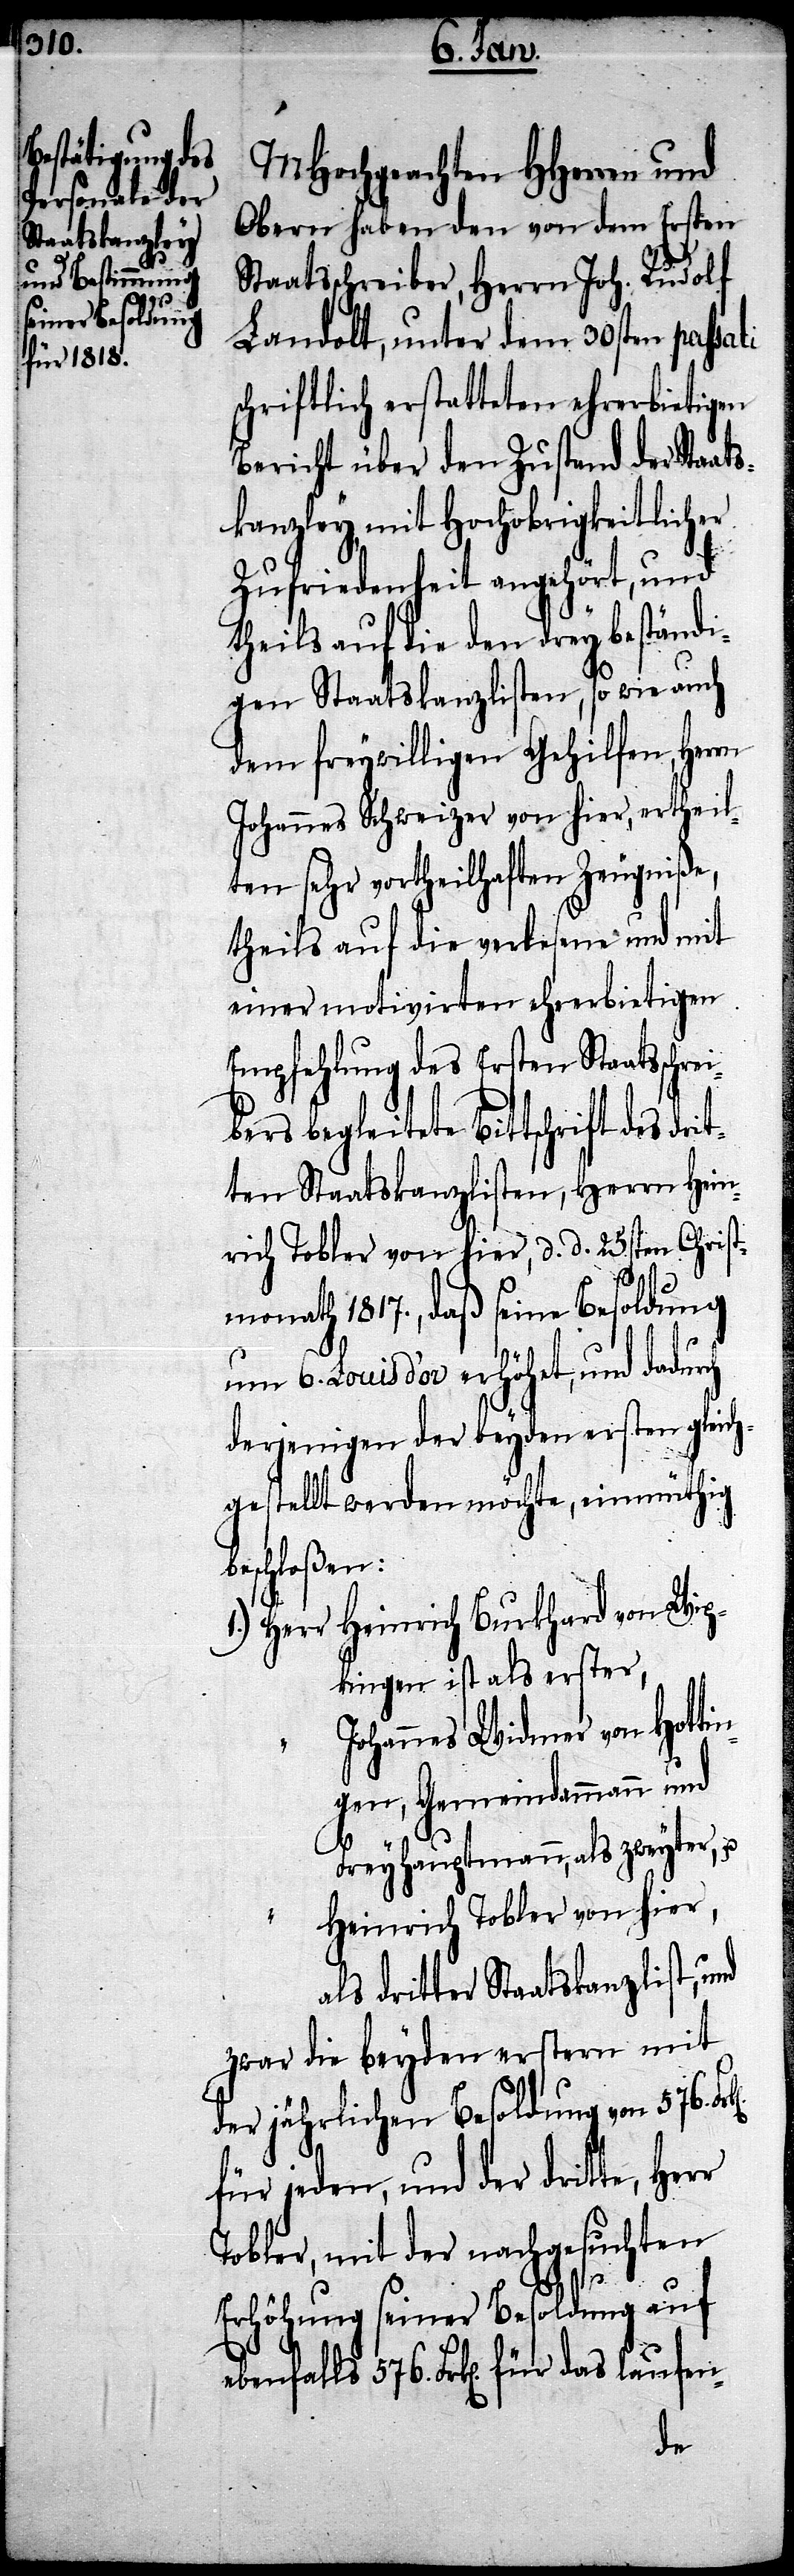
576.

MHochgeachten HHerren und
Obern haben den von dem Ersten
Staatsschreiber, Herrn Joh. Rudolf
Landolt, unter dem 30sten passa¬
schriftlich erstatteten ehrerbietigen
Bericht über den Zustand der Staat¬
skanzley, mit Hochobrigkeitlicher
Zufriedenheit angehört, und
theils auf die den drey beständi¬
gen Staatskanzlisten, so wie auch
dem freywilligen Gehilfen, Herrn
Johannes Schweizer von hier, ertheil¬
ten sehr vortheilhaften Zeugniße,
theils auf die verlesene und mit
einer motivirten ehrerbietigen
Empfehlung des Ersten Staatsschre¬
ers begleitete Bittschrift des
ten Staatskanzlisten, Herrn Hein¬
rich Tobler von hier, d. d. 25sten Christ¬
monath 1817., daß seine Besoldung
um 6. Louis d’or erhöhet, und dadur¬
derjenigen der beyden ersten gleich¬
gestellt werden möchte, einmüthig
beschloßen:
1.) Herr	Heinrich Burkhard von Wip¬
kingen ist als erster,
ohannes Widmer von Hottin¬
gen, Gemeindammann und
Freyhauptmann, als zweyter, u.
"	Heinrich Tobler von hier,
als dritter Staatskanzlist, und
zwar die beyden erstern mit
der jährlichen Besoldung von 576.
für jeden, und der dritte, Herr
Tobler, mit der nachgesuchten
das
Erhöhung seiner Besoldung auf